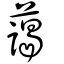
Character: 藹